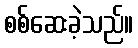
စစ်ဆေးခဲ့သည်။